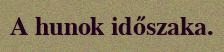
A hunok időszaka.